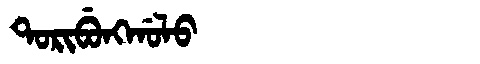
Manchu: ᡨᠣᡵᡳᠪᡠᠩᡤᠣᠯᠣ
Romanization: TORIBUNGGOLO